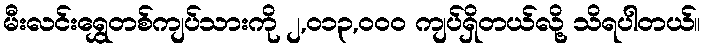
မီးလင်းရွှေတစ်ကျပ်သားကို ၂,၀၁၃,၀၀၀ ကျပ်ရှိတယ်လို့ သိရပါတယ်။